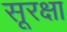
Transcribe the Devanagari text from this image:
सूरक्षा